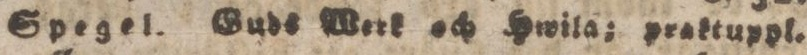
Spegel. Guds Werk och Hwila; praktuppl.